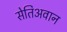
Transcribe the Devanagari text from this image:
सेतिअवान